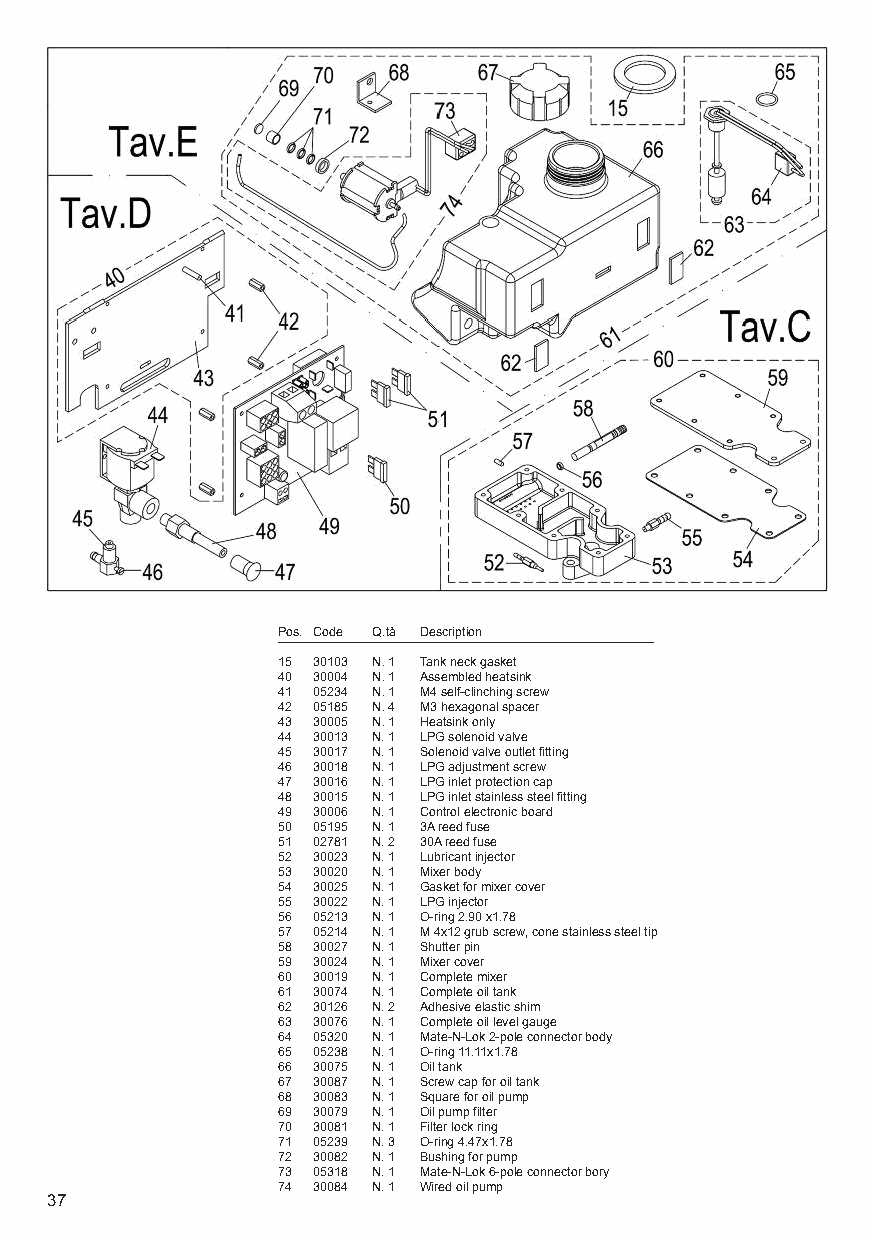
Pos. Code Q.tà Description
 15 30103 N. 1 Tank neck gasket
 40 30004 N. 1 Assembled heatsink
 41 05234 N. 1 M4 self-clinching screw
 42 05185 N. 4 M3 hexagonal spacer
 43 30005 N. 1 Heatsink only
 44 30013 N. 1 LPG solenoid valve
 45 30017 N. 1 Solenoid valve outlet fitting
 46 30018 N. 1 LPG adjustment screw
 47 30016 N. 1 LPG inlet protection cap
 48 30015 N. 1 LPG inlet stainless steel fitting
 49 30006 N. 1 Control electronic board
 50 05195 N. 1 3A reed fuse
 51 02781 N. 2 30A reed fuse
 52 30023 N. 1 Lubricant injector
 53 30020 N. 1 Mixer body
 54 30025 N. 1 Gasket for mixer cover
 55 30022 N. 1 LPG injector
 56 05213 N. 1 O-ring 2.90 x1.78
 57 05214 N. 1 M 4x12 grub screw, cone stainless steel tip
 58 30027 N. 1 Shutter pin
 59 30024 N. 1 Mixer cover
 60 30019 N. 1 Complete mixer
 61 30074 N. 1 Complete oil tank
 62 30126 N. 2 Adhesive elastic shim
 63 30076 N. 1 Complete oil level gauge
 64 05320 N. 1 Mate-N-Lok 2-pole connector body
 65 05238 N. 1 O-ring 11.11x1.78
 66 30075 N. 1 Oil tank
 67 30087 N. 1 Screw cap for oil tank
 68 30083 N. 1 Square for oil pump
 69 30079 N. 1 Oil pump filter
 70 30081 N. 1 Filter lock ring
 71 05239 N. 3 O-ring 4.47x1.78
 72 30082 N. 1 Bushing for pump
 73 05318 N. 1 Mate-N-Lok 6-pole connector bory
 74 30084 N. 1 Wired oil pump
 37